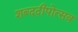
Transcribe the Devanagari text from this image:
शब्ददीपोत्सव